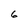
Character: 6